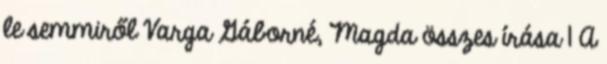
le semmiről Varga Gáborné, Magda összes írása 1 A